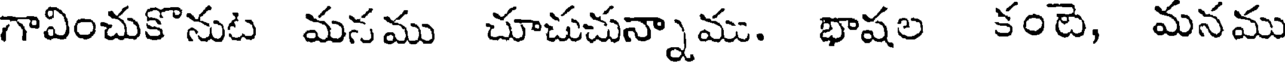
గావించుకొనుట మనము చూచుచున్నాము. భాషల కంటె, మనము